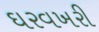
ઘરવખરી